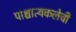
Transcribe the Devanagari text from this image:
पाश्चात्यकलेची